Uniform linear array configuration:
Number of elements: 4
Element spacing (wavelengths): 0.25
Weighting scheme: kaiser
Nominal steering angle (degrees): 45
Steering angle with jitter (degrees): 46.505
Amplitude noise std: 0.05
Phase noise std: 0.05

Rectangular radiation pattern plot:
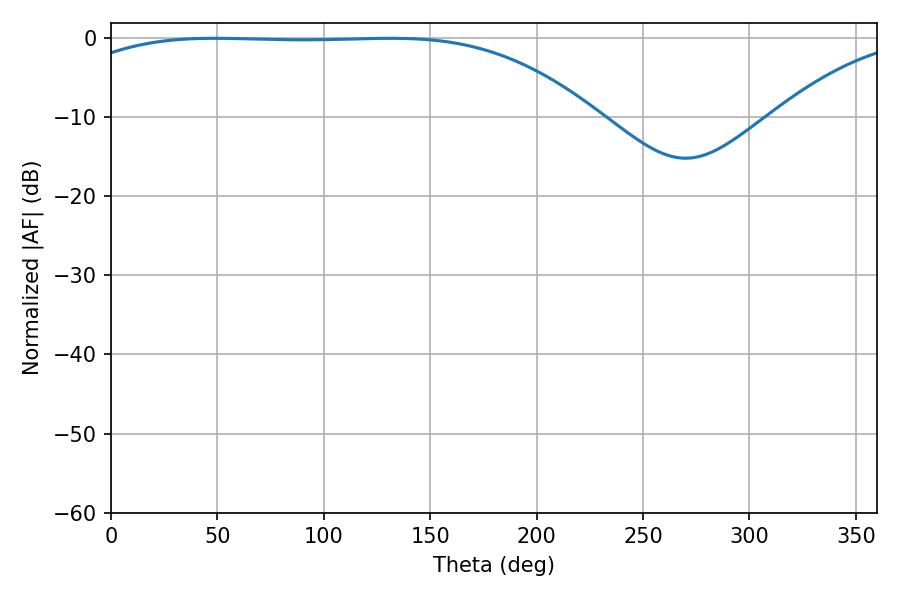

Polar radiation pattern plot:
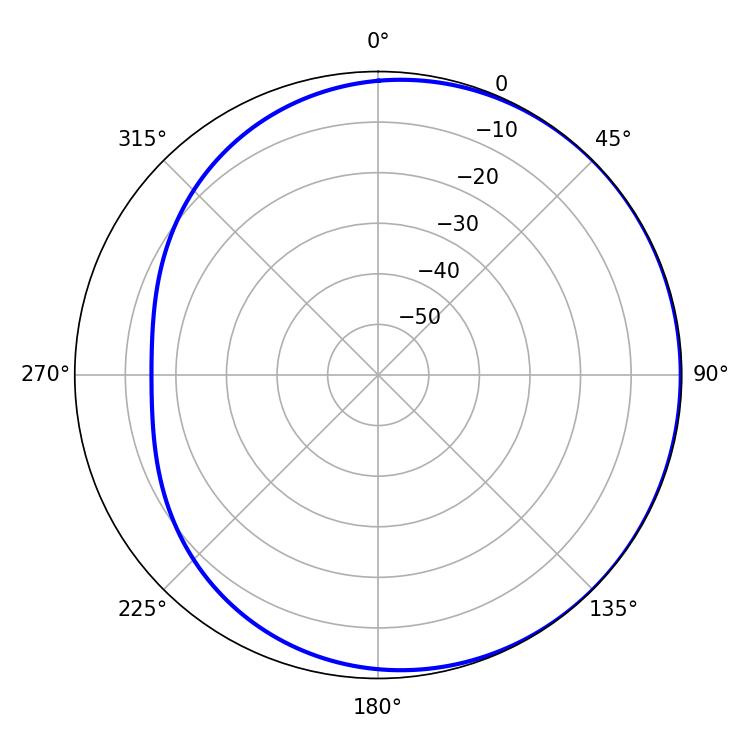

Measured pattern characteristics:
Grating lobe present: FALSE
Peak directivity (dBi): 0.7668
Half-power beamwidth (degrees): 191.16
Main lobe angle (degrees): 48.78